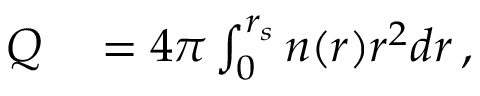
\begin{array} { r l } { Q } & { { } = 4 \pi \int _ { 0 } ^ { r _ { s } } n ( r ) r ^ { 2 } d r \, , } \end{array}